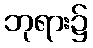
ဘုရား၌